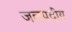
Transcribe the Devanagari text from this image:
जलपदीय